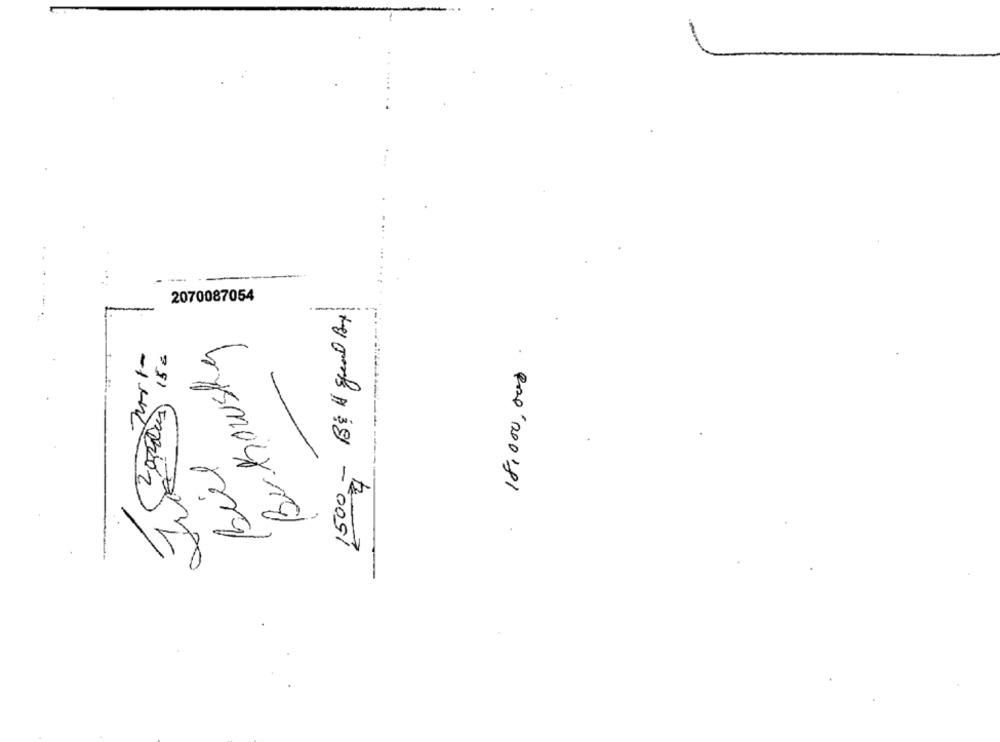
---
2070087054
1500- Bill grund By
Berkowsky
Just
Biel
Px'200'81
-